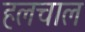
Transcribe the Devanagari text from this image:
हलचाल